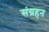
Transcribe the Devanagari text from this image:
संग्रहन